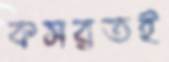
কসরতই